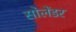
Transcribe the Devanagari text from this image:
सोलेंडर